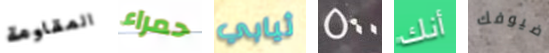
المقاومة حمراء ثيابي 500 أنك ضيوفك